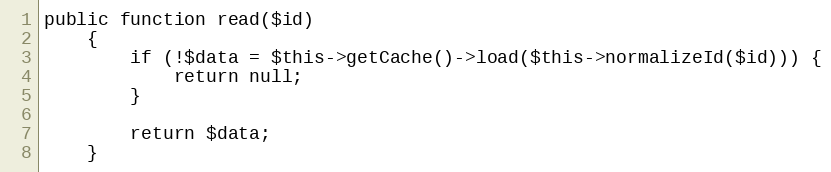
Language: PHP
public function read($id)
    {
        if (!$data = $this->getCache()->load($this->normalizeId($id))) {
            return null;
        }

        return $data;
    }